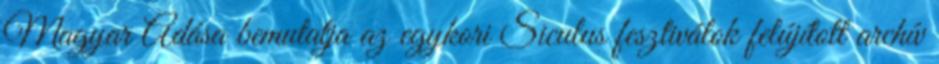
Magyar Adása bemutatja az egykori Siculus fesztiválok felújított archív